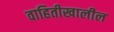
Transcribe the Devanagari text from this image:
वाहितीखालील